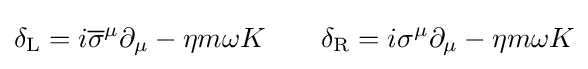
\delta _{\rm {L}}=i{\overline {\sigma }}^{\mu }\partial _{\mu }-\eta m\omega K\qquad \delta _{\rm {R}}=i\sigma ^{\mu }\partial _{\mu }-\eta m\omega K